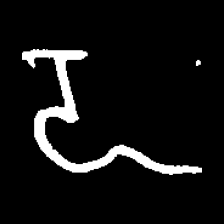
Pyu character \u2014 Myanmar letter: ဍ (romanized: dda)